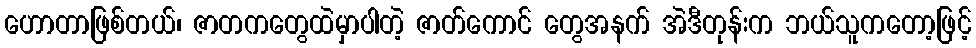
ဟောတာဖြစ်တယ်၊ ဇာတကတွေထဲမှာပါတဲ့ ဇာတ်ကောင် တွေအနက် အဲဒီတုန်းက ဘယ်သူကတော့ဖြင့်